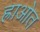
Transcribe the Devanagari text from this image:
ह्राओत